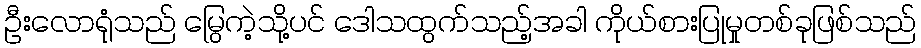
ဦးလောရုံသည် မြွေကဲ့သို့ပင် ဒေါသထွက်သည့်အခါ ကိုယ်စားပြုမှုတစ်ခုဖြစ်သည်